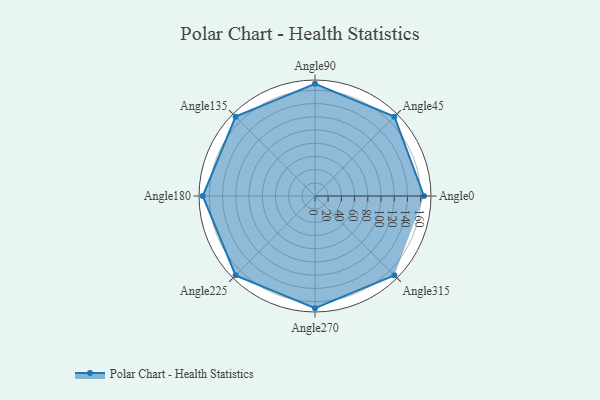
{"axis": {"x": "Angle", "y": "Radius"}, "legend": [""], "data": [{"x": "Angle0", "y": 165.0, "type": ""}, {"x": "Angle45", "y": 170, "type": ""}, {"x": "Angle90", "y": 170, "type": ""}, {"x": "Angle135", "y": 170, "type": ""}, {"x": "Angle180", "y": 170, "type": ""}, {"x": "Angle225", "y": 170, "type": ""}, {"x": "Angle270", "y": 170, "type": ""}, {"x": "Angle315", "y": 170, "type": ""}]}